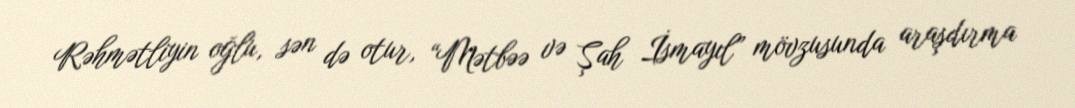
Rəhmətliyin oğlu, sən də otur, “Mətbəə və Şah İsmayıl” mövzusunda araşdırma